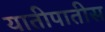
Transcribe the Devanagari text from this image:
यातीपातीस